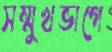
সম্মুখভাগে